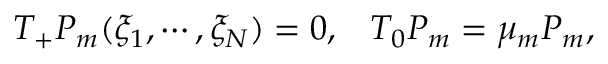
T _ { + } P _ { m } ( \xi _ { 1 } , \cdots , \xi _ { N } ) = 0 , \; \; \; T _ { 0 } P _ { m } = \mu _ { m } P _ { m } ,